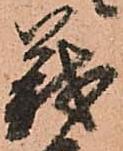
義